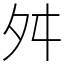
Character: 舛